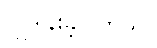
လှူဒါန်းခဲ့ပါတယ်။